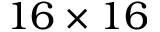
1 6 \times 1 6